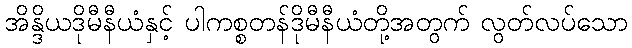
အိန္ဒိယဒိုမီနီယံနှင့် ပါကစ္စတန်ဒိုမီနီယံတို့အတွက် လွတ်လပ်သော